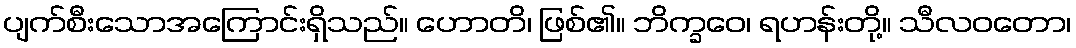
ပျက်စီးသောအကြောင်းရှိသည်။ ဟောတိ၊ ဖြစ်၏။ ဘိက္ခဝေ၊ ရဟန်းတို့။ သီလဝတော၊